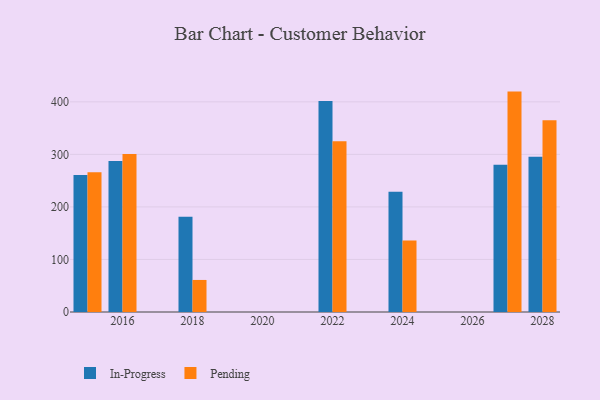
{"axis": {"x": "Year", "y": "Inventory Turnover"}, "legend": ["In-Progress", "Pending"], "data": [{"x": "2015", "y": 260.7, "type": "In-Progress"}, {"x": "2015", "y": 266.1, "type": "Pending"}, {"x": "2016", "y": 287.3, "type": "In-Progress"}, {"x": "2016", "y": 300.9, "type": "Pending"}, {"x": "2024", "y": 229.0, "type": "In-Progress"}, {"x": "2024", "y": 136.0, "type": "Pending"}, {"x": "2018", "y": 181.5, "type": "In-Progress"}, {"x": "2018", "y": 61.0, "type": "Pending"}, {"x": "2022", "y": 401.5, "type": "In-Progress"}, {"x": "2022", "y": 325.1, "type": "Pending"}, {"x": "2028", "y": 295.6, "type": "In-Progress"}, {"x": "2028", "y": 364.8, "type": "Pending"}, {"x": "2027", "y": 280.3, "type": "In-Progress"}, {"x": "2027", "y": 419.5, "type": "Pending"}]}